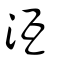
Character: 沍